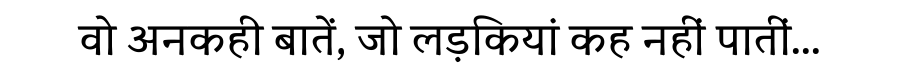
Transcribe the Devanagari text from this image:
वो अनकही बातें, जो लड़कियां कह नहीं पातीं...